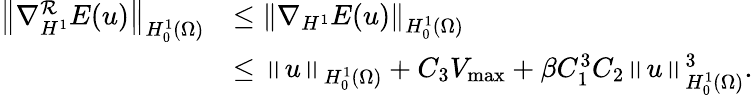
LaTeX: \begin{array}{rl}{\left\Vert\nabla_{H^{1}}^{\mathcal{R}}E(u)\right\Vert_{H_{0}^{1}(\Omega)}}&{\leq\left\Vert\nabla_{H^{1}}E(u)\right\Vert_{H_{0}^{1}(\Omega)}}\\ &{\leq\left\Vert u\right\Vert_{H_{0}^{1}(\Omega)}+C_{3}V_{\operatorname*{max}}+\beta C_{1}^{3}C_{2}\left\Vert u\right\Vert_{H_{0}^{1}(\Omega)}^{3}.}\end{array}